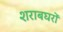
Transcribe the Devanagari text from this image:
शराबघरों